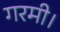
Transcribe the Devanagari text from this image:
गरमी।